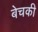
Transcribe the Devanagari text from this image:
बेचकी